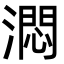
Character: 㵍